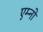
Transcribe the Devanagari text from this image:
एम्नो